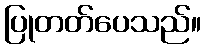
ပြုတတ်ပေသည်။